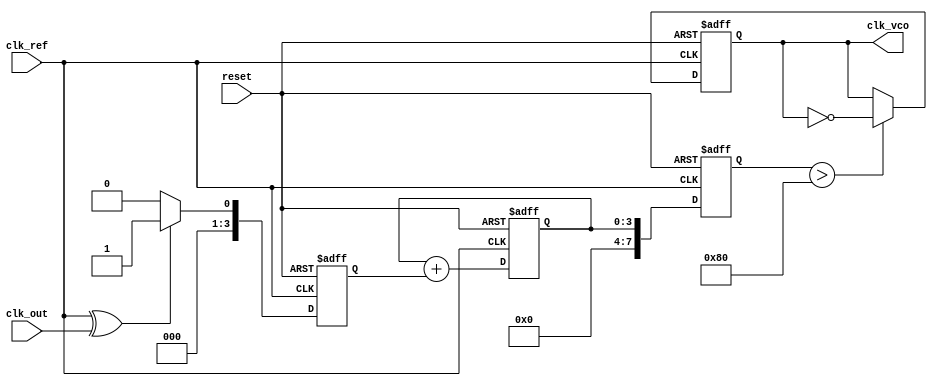
module memory_blocks_pll (
    input wire clk_ref,         // Reference clock input
    input wire clk_out,         // Output clock from VCO
    input wire reset,           // Reset signal
    output reg clk_vco          // Output clock signal from VCO
);

    // Parameters
    parameter PHASE_ERROR_WIDTH = 8; // Width of phase error signal
    parameter CONTROL_WIDTH = 8;      // Width of control voltage signal
    parameter MEMORY_DEPTH = 16;       // Depth of memory blocks

    // Internal signals
    reg [PHASE_ERROR_WIDTH-1:0] phase_error;  // Phase error signal
    reg [CONTROL_WIDTH-1:0] control_voltage;   // Control voltage signal
    reg [CONTROL_WIDTH-1:0] memory [0:MEMORY_DEPTH-1]; // Memory blocks for phase error
    reg [3:0] memory_index;                  // Index for memory storage
    reg [3:0] loop_filter_state;              // State for loop filter

    // Phase Detector (PD) - Simple XOR for phase comparison
    always @(posedge clk_ref or posedge reset) begin
        if (reset) begin
            phase_error <= 0;
        end else begin
            phase_error <= (clk_ref ^ clk_out) ? 1 : 0; // Simple phase error detection
        end
    end

    // Loop Filter (LF) - Simple integrator for control voltage
    always @(posedge clk_ref or posedge reset) begin
        if (reset) begin
            control_voltage <= 0;
            loop_filter_state <= 0;
        end else begin
            loop_filter_state <= loop_filter_state + phase_error; // Integrate phase error
            control_voltage <= loop_filter_state; // Update control voltage
        end
    end

    // Memory Blocks - Store phase error values
    always @(posedge clk_ref or posedge reset) begin
        if (reset) begin
            memory_index <= 0;
        end else begin
            memory[memory_index] <= phase_error; // Store phase error in memory
            memory_index <= (memory_index + 1) % MEMORY_DEPTH; // Circular buffer
        end
    end

    // Voltage-Controlled Oscillator (VCO) - Simple frequency control
    always @(posedge clk_ref or posedge reset) begin
        if (reset) begin
            clk_vco <= 0;
        end else begin
            // Adjust output clock based on control voltage
            // For simplicity, we toggle clk_vco based on control_voltage
            if (control_voltage > 128) begin
                clk_vco <= ~clk_vco; // Toggle for demonstration
            end
        end
    end

endmodule